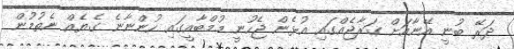
ދަރޭ ބުނީ އޭނާއަށް ގަރާޖެއްގައި އުޅެން ޖެހުނީ މުމްބާއީގައިި ހުންނާނެ ގެޔެއް ނެތުމުން